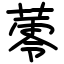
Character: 蕶